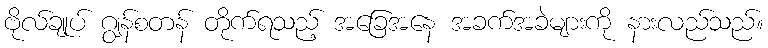
ဗိုလ်ချုပ် ဂျွန်စတန် တိုက်ရသည့် အခြေအနေ အခက်အခဲများကို နားလည်သည်။